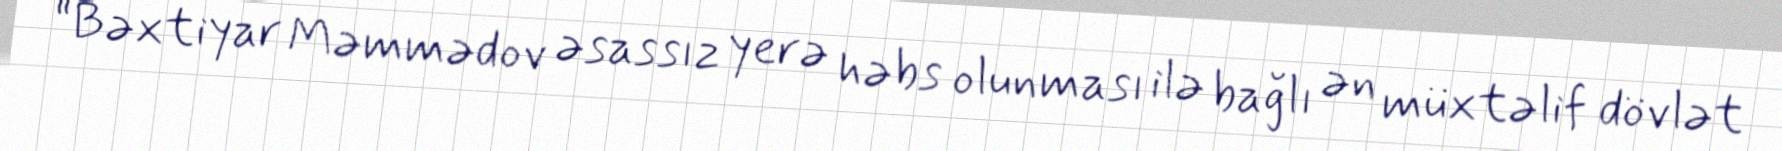
“Bəxtiyar Məmmədov əsassız yerə həbs olunması ilə bağlı ən müxtəlif dövlət